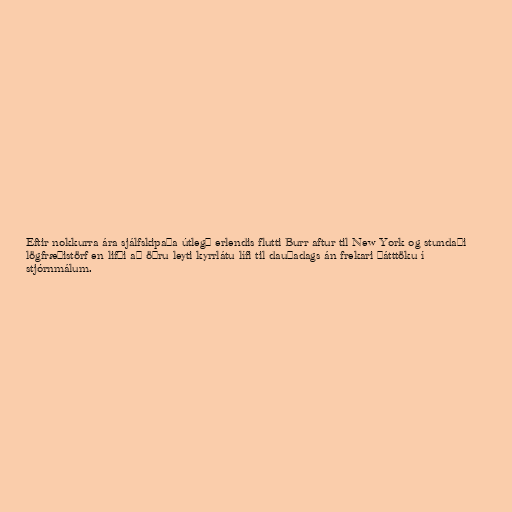
Eftir nokkurra ára sjálfskipaða útlegð erlendis flutti Burr aftur til New York og stundaði
lögfræðistörf en lifði að öðru leyti kyrrlátu lífi til dauðadags án frekari þátttöku í
stjórnmálum.